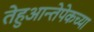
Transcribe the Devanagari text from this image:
तेहुआन्तेपेकच्या